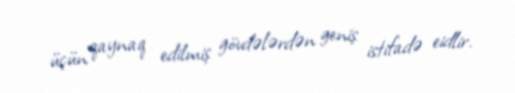
üçün qaynaq edilmiş gövdələrdən geniş istifadə eidlir.